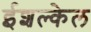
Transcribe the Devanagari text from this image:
ईशल्केल